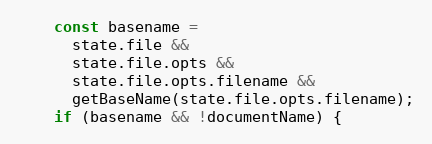
Language: JavaScript
    const basename =
      state.file &&
      state.file.opts &&
      state.file.opts.filename &&
      getBaseName(state.file.opts.filename);
    if (basename && !documentName) {